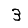
Digit: 3